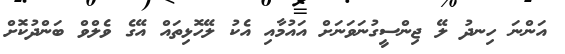
އަންނަ ހިނދު ލޭ ޖިންސީގުނަވަނަށް އައުމާއި އެކު ލޭހޮޅިތައް އޭގެ ވެލްވް ބަންދުކޮށް